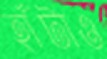
হাঁটাও